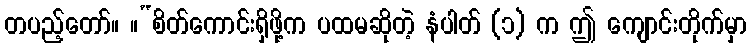
တပည့်တော်။ ။“စိတ်ကောင်းရှိဖို့က ပထမဆိုတဲ့ နံပါတ် (၁) က ဤ ကျောင်းတိုက်မှာ